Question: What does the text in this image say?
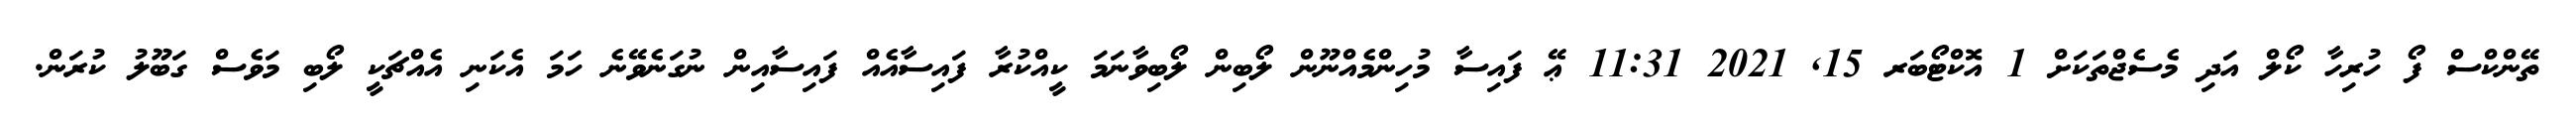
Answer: ތޭންކްސް ފޯ ހުރިހާ ކޯލް އަދި މެސެޖްތަކަށް 1 އޮކްޓޯބަރ 15, 2021 11:31 ޢޭ ފައިސާ މުހިންމެއްނޫން ލޯބިން ލޯބިވާނަމަ ކީއްކުރާ ފައިސާއެއް ފައިސާއިން ނުގަނެވޭނެ ހަމަ އެކަނި އެއްޗަކީ ލޯބި މަވެސް ގަބޫލު ކުރަން.